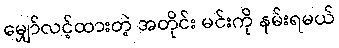
မျှော်လင့်ထားတဲ့ အတိုင်း မင်းကို နမ်းရမယ်